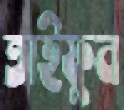
তাইফুন